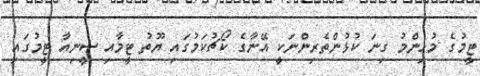
ޓީމުގެ މުހިންމު ގިނަ ކުޅުންތެރިންނަކީ އޭނާގެ ކޯޗުކަމުގައި ޔޫތު ޓީމާއި ސީނިއާ ޓީމުގައި